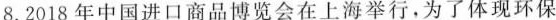
8.2018年中国进口商品博览会在上海举行，为了体现环保